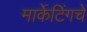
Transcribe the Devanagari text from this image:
मार्केटिंगचे